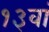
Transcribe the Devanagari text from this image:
१३वां